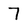
Character: 7